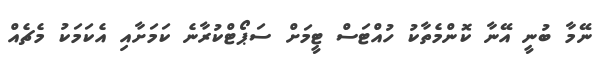
ނޭމާ ބުނީ އޭނާ ކޮންމެތާކު ހުއްޓަސް ޓީމަށް ސަޕޯޓްކުރާނެ ކަމަށާއި އެކަމަކު މެޗެއް